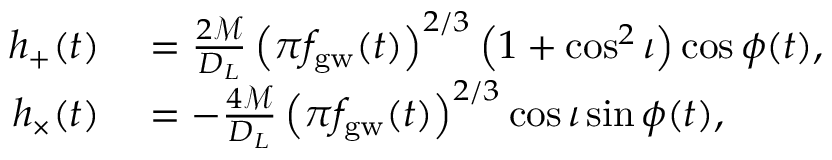
\begin{array} { r l } { h _ { + } ( t ) } & { { } = \frac { 2 \mathcal { M } } { D _ { L } } \left( \pi f _ { \mathrm { g w } } ( t ) \right) ^ { 2 / 3 } \left( 1 + \cos ^ { 2 } \iota \right) \cos { \phi ( t ) } , } \\ { h _ { \times } ( t ) } & { { } = - \frac { 4 \mathcal { M } } { D _ { L } } \left( \pi f _ { \mathrm { g w } } ( t ) \right) ^ { 2 / 3 } \cos { \iota } \sin { \phi ( t ) } , } \end{array}